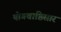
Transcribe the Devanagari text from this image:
योगवाष्ठिसार